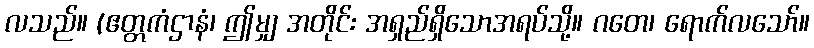
လသည်။ (ဧတ္တကံဌာနံ၊ ဤမျှ အတိုင်း အရှည်ရှိသောအရပ်သို့။ ဂတေ၊ ရောက်လသော်။